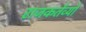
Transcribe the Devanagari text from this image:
राजकर्तव्यों